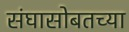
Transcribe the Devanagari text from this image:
संघासोबतच्या